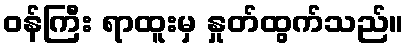
ဝန်ကြီး ရာထူးမှ နှုတ်ထွက်သည်။